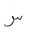
Letter: _sin